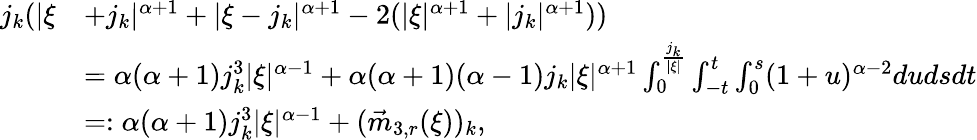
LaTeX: \begin{array}{rl}{j_{k}(|\xi}&{+j_{k}|^{\alpha+1}+|\xi-j_{k}|^{\alpha+1}-2(|\xi|^{\alpha+1}+|j_{k}|^{\alpha+1}))}\\ &{=\alpha(\alpha+1)j_{k}^{3}|\xi|^{\alpha-1}+\alpha(\alpha+1)(\alpha-1)j_{k}|\xi|^{\alpha+1}\int_{0}^{\frac{j_{k}}{|\xi|}}\int_{-t}^{t}\int_{0}^{s}(1+u)^{\alpha-2}dudsdt}\\ &{=:\alpha(\alpha+1)j_{k}^{3}|\xi|^{\alpha-1}+(\vec{m}_{3,r}(\xi))_{k},}\end{array}